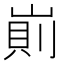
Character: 崱